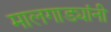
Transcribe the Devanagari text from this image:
मालगाड्यांनी